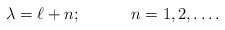
\begin{align*}\lambda=\ell+n; \hspace{.5in}n=1,2,\dots .\end{align*}